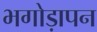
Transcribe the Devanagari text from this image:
भगोड़ापन